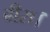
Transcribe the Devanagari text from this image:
बीरा।